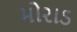
મોરાડ